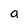
Character: a